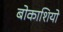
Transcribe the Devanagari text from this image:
बोकाशियो